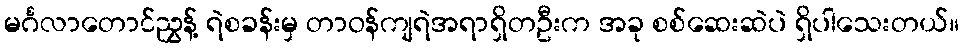
မင်္ဂလာတောင်ညွှန့် ရဲစခန်းမှ တာဝန်ကျရဲအရာရှိတဦးက အခု စစ်ဆေးဆဲပဲ ရှိပါသေးတယ်။